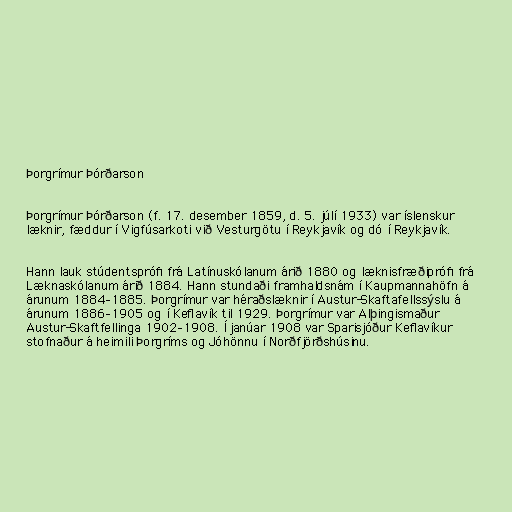
Þorgrímur Þórðarson

Þorgrímur Þórðarson (f. 17. desember 1859, d. 5. júlí 1933) var íslenskur
læknir, fæddur í Vigfúsarkoti við Vesturgötu í Reykjavík og dó í Reykjavík.

Hann lauk stúdentsprófi frá Latínuskólanum árið 1880 og læknisfræðiprófi frá
Læknaskólanum árið 1884. Hann stundaði framhaldsnám í Kaupmannahöfn á
árunum 1884–1885. Þorgrímur var héraðslæknir í Austur-Skaftafellssýslu á
árunum 1886–1905 og í Keflavík til 1929. Þorgrímur var Alþingismaður
Austur-Skaftfellinga 1902–1908. Í janúar 1908 var Sparisjóður Keflavíkur
stofnaður á heimili Þorgríms og Jóhönnu í Norðfjörðshúsinu.